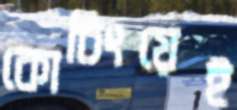
কোচিংয়েই